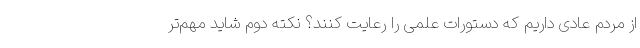
از مردم عادی داریم که دستورات علمی را رعایت کنند؟ نکته دوم شاید مهم‌تر